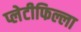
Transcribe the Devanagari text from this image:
प्लेटीफिल्ला